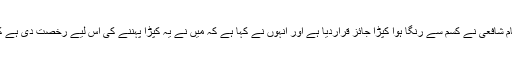
امام نوویؒ نے صحیح مسلم کی شرح میں نقل کیا ہے کہ امام شافعیؒ نے کُسم سے رنگا ہوا کپڑا جائز قراردیا ہے اور انہوں نے کہا ہے کہ میں نے یہ کپڑا پہننے کی اس لیے رخصت دی ہے کہ مجھے اس کی ممانعت میں کوئی حدیث نبوی نہیں ملی۔